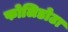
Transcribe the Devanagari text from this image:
फोलिडोटा